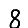
Digit: 8